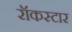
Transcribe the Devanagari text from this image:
रॉकस्‍टार